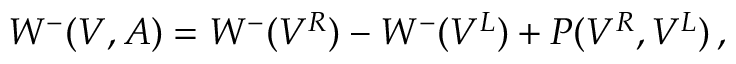
W ^ { - } ( V , A ) = W ^ { - } ( V ^ { R } ) - W ^ { - } ( V ^ { L } ) + P ( V ^ { R } , V ^ { L } ) \, ,